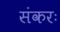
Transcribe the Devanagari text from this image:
संकरः